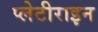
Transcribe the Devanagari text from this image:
प्लेटीराइन